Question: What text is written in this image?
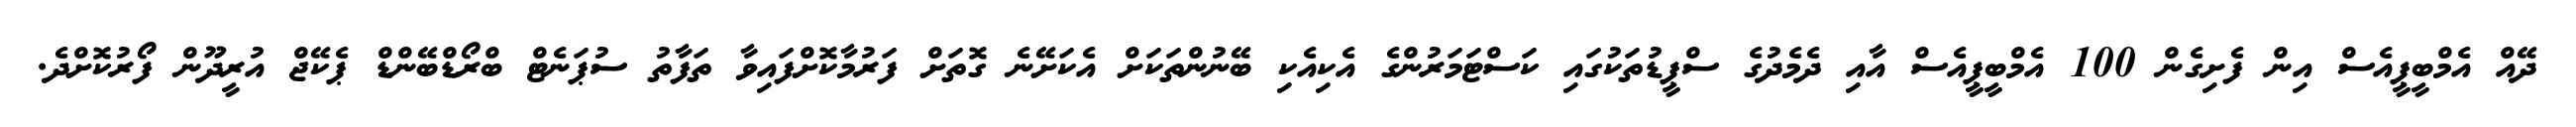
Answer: ދޭއް އެމްބީޕީއެސް އިން ފެށިގެން 100 އެމްބީޕީއެސް އާއި ދެމެދުގެ ސްޕީޑުތަކުގައި ކަސްޓަމަރުންގެ އެކިއެކި ބޭނުންތަކަށް އެކަށޭނެ ގޮތަށް ފަރުމާކޮށްފައިވާ ތަފާތު ސުޕަނެޓް ބްރޯޑްބޭންޑް ޕެކޭޖް އުރީދޫން ފޯރުކޮށްދެ.